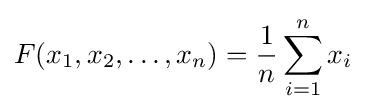
F(x_{1},x_{2},\ldots ,x_{n})={\frac {1}{n}}\sum _{i=1}^{n}x_{i}